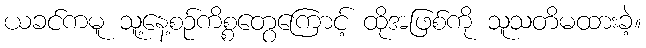
ယခင်ကမူ သူ့နေ့စဉ်ကိစ္စတွေကြောင့် ထိုအဖြစ်ကို သူသတိမထားခဲ့။